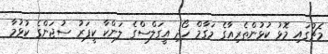
މެޗުގައި މޮޅު ކުޅުންތެރިއާގެ މަގާމް ހޯދި އީގަލްސްގެ ލަންކާ ކީޕަރު ސުޖަންގެ ކުޅުމާ